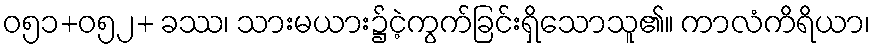
ဝ၅၁+၀၅၂+ ခဿ၊ သားမယား၌ငဲ့ကွက်ခြင်းရှိသောသူ၏။ ကာလံကိရိယာ၊